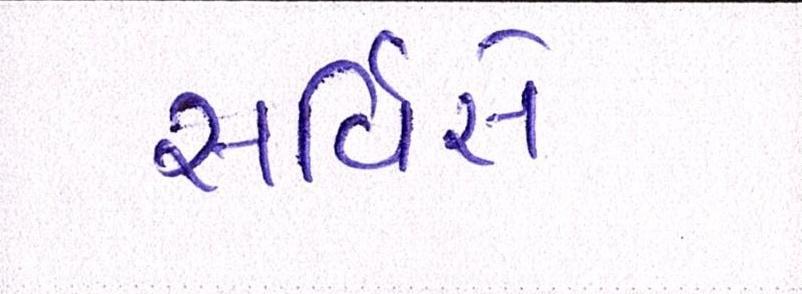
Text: સર્વિસે